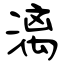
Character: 漓